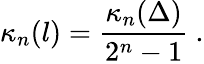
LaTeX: \kappa_{n}(l)=\frac{\kappa_{n}(\Delta)}{2^{n}-1}\ .